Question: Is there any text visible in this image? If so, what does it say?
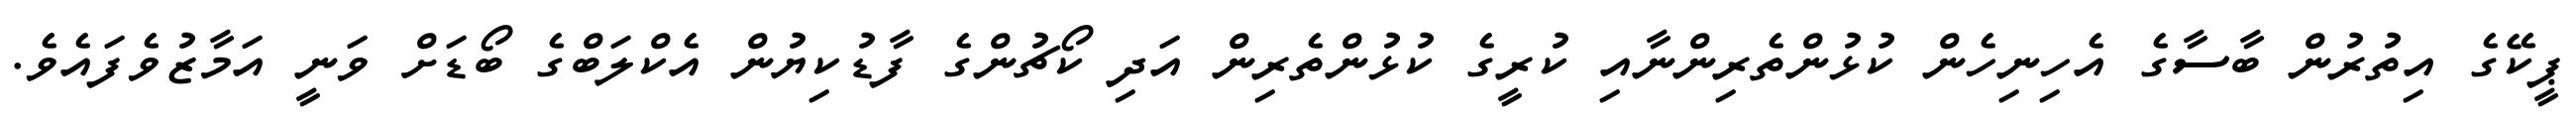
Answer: ޕީކޭގެ އިތުރުން ބާސާގެ އެހިނިހެން ކުޅުންތެރިންނާއި ކުރީގެ ކުޅުންތެރިން އަދި ކޯޗުންގެ ފާޑުކިޔުން އެކްލަބްގެ ބޯޑަށް ވަނީ އަމާޒުވެފައެވެ.